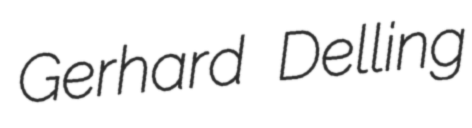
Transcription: Gerhard Delling